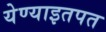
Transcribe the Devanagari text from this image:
येण्याइतपत